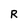
Character: R